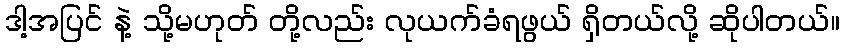
ဒါ့အပြင် နဲ့ သို့မဟုတ် တို့လည်း လုယက်ခံရဖွယ် ရှိတယ်လို့ ဆိုပါတယ်။